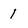
Character: 1